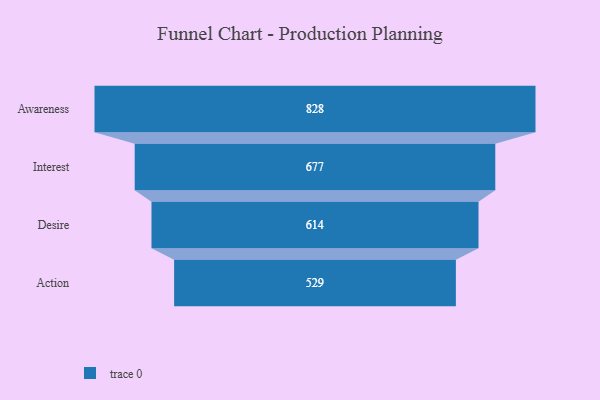
{"axis": {"x": "Stage", "y": "Value"}, "legend": [""], "data": [{"x": "Awareness", "y": 828.0, "type": ""}, {"x": "Interest", "y": 677.0, "type": ""}, {"x": "Desire", "y": 614.0, "type": ""}, {"x": "Action", "y": 529.0, "type": ""}]}